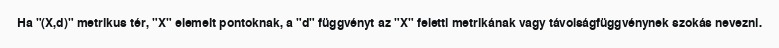
Ha "(X,d)" metrikus tér, "X" elemeit pontoknak, a "d" függvényt az "X" feletti metrikának vagy távolságfüggvénynek szokás nevezni.